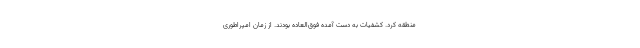
منطقه کرد. کشفیات به دست آمده فوق‌العاده بودند. از زمان امپراطوری